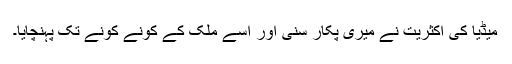
میڈیا کی اکثریت نے میری پکار سنی اور اسے ملک کے کونے کونے تک پہنچایا۔